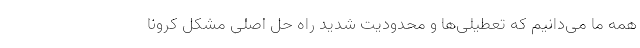
همه ما می‌دانیم که تعطیلی‌ها و محدودیت شدید راه حل اصلی مشکل کرونا